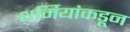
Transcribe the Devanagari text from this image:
धर्मियांकडून